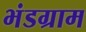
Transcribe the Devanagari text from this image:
भंडग्राम